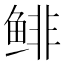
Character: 鲱